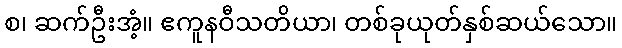
စ၊ ဆက်ဦးအံ့။ ဧကူနဝီသတိယာ၊ တစ်ခုယုတ်နှစ်ဆယ်သော။